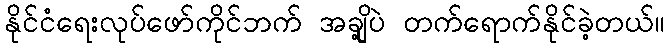
နိုင်ငံရေးလုပ်ဖော်ကိုင်ဘက် အချို့ပဲ တက်ရောက်နိုင်ခဲ့တယ်။